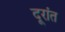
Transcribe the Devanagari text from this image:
दूरांत